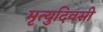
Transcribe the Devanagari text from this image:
मृत्युदिवसी